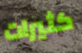
كثيرات